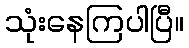
သုံးနေကြပါပြီ။